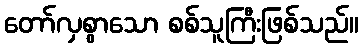
တော်လှစွာသော စစ်သူကြီးဖြစ်သည်။